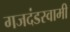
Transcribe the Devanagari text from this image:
गजदंडस्वामी